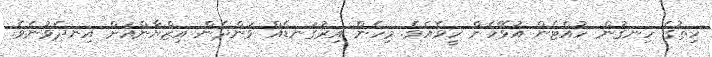
ހިތުގެ ހިނގުން ހުއްޓެން އުޅޭހެން ހީވެއެވެ. މިހެން އިރުގަނޑެއް ވަންދެން އިޒްޔާންއަށް އިނދެވުނެވެ.